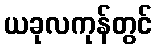
ယခုလကုန်တွင်